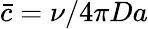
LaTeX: \bar{c}=\nu/4\pi Da